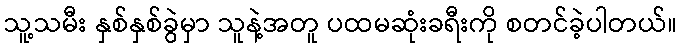
သူ့သမီး နှစ်နှစ်ခွဲမှာ သူနဲ့အတူ ပထမဆုံးခရီးကို စတင်ခဲ့ပါတယ်။